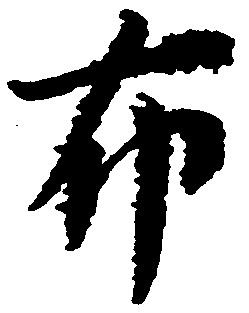
布